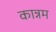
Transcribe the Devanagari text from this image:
कान्नम